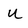
Character: U